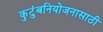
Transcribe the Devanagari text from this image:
कुटुंबनियोजनासाठी